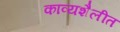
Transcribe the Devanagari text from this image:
काव्यशैलीत